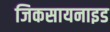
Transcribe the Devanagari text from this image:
जिकसायनाइड